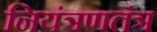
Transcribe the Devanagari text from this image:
नियंत्रणतंत्र